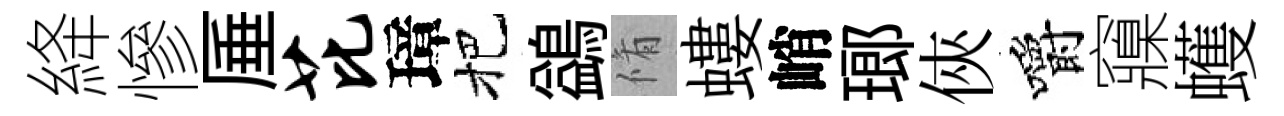
絳慘厜芘璋把鷁脩螻峭瑯俠嚼䆿蠖